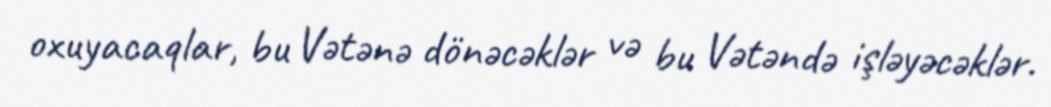
oxuyacaqlar, bu Vətənə dönəcəklər və bu Vətəndə işləyəcəklər.